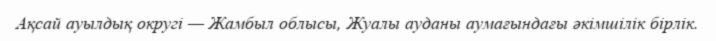
Ақсай ауылдық округі — Жамбыл облысы, Жуалы ауданы аумағындағы әкімшілік бірлік.